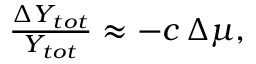
\begin{array} { r } { \frac { \Delta Y _ { t o t } } { Y _ { t o t } } \approx - c \, \Delta \mu , } \end{array}